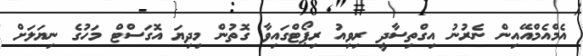
އެމްއެމްއޭއިން ނެރުނު އިގްތިސާދީ ރިވިއު ރިޕޯޓްގައިވާ ގޮތުން މިދިޔަ އޮގަސްޓް މަހުގެ ނިޔަލަށް